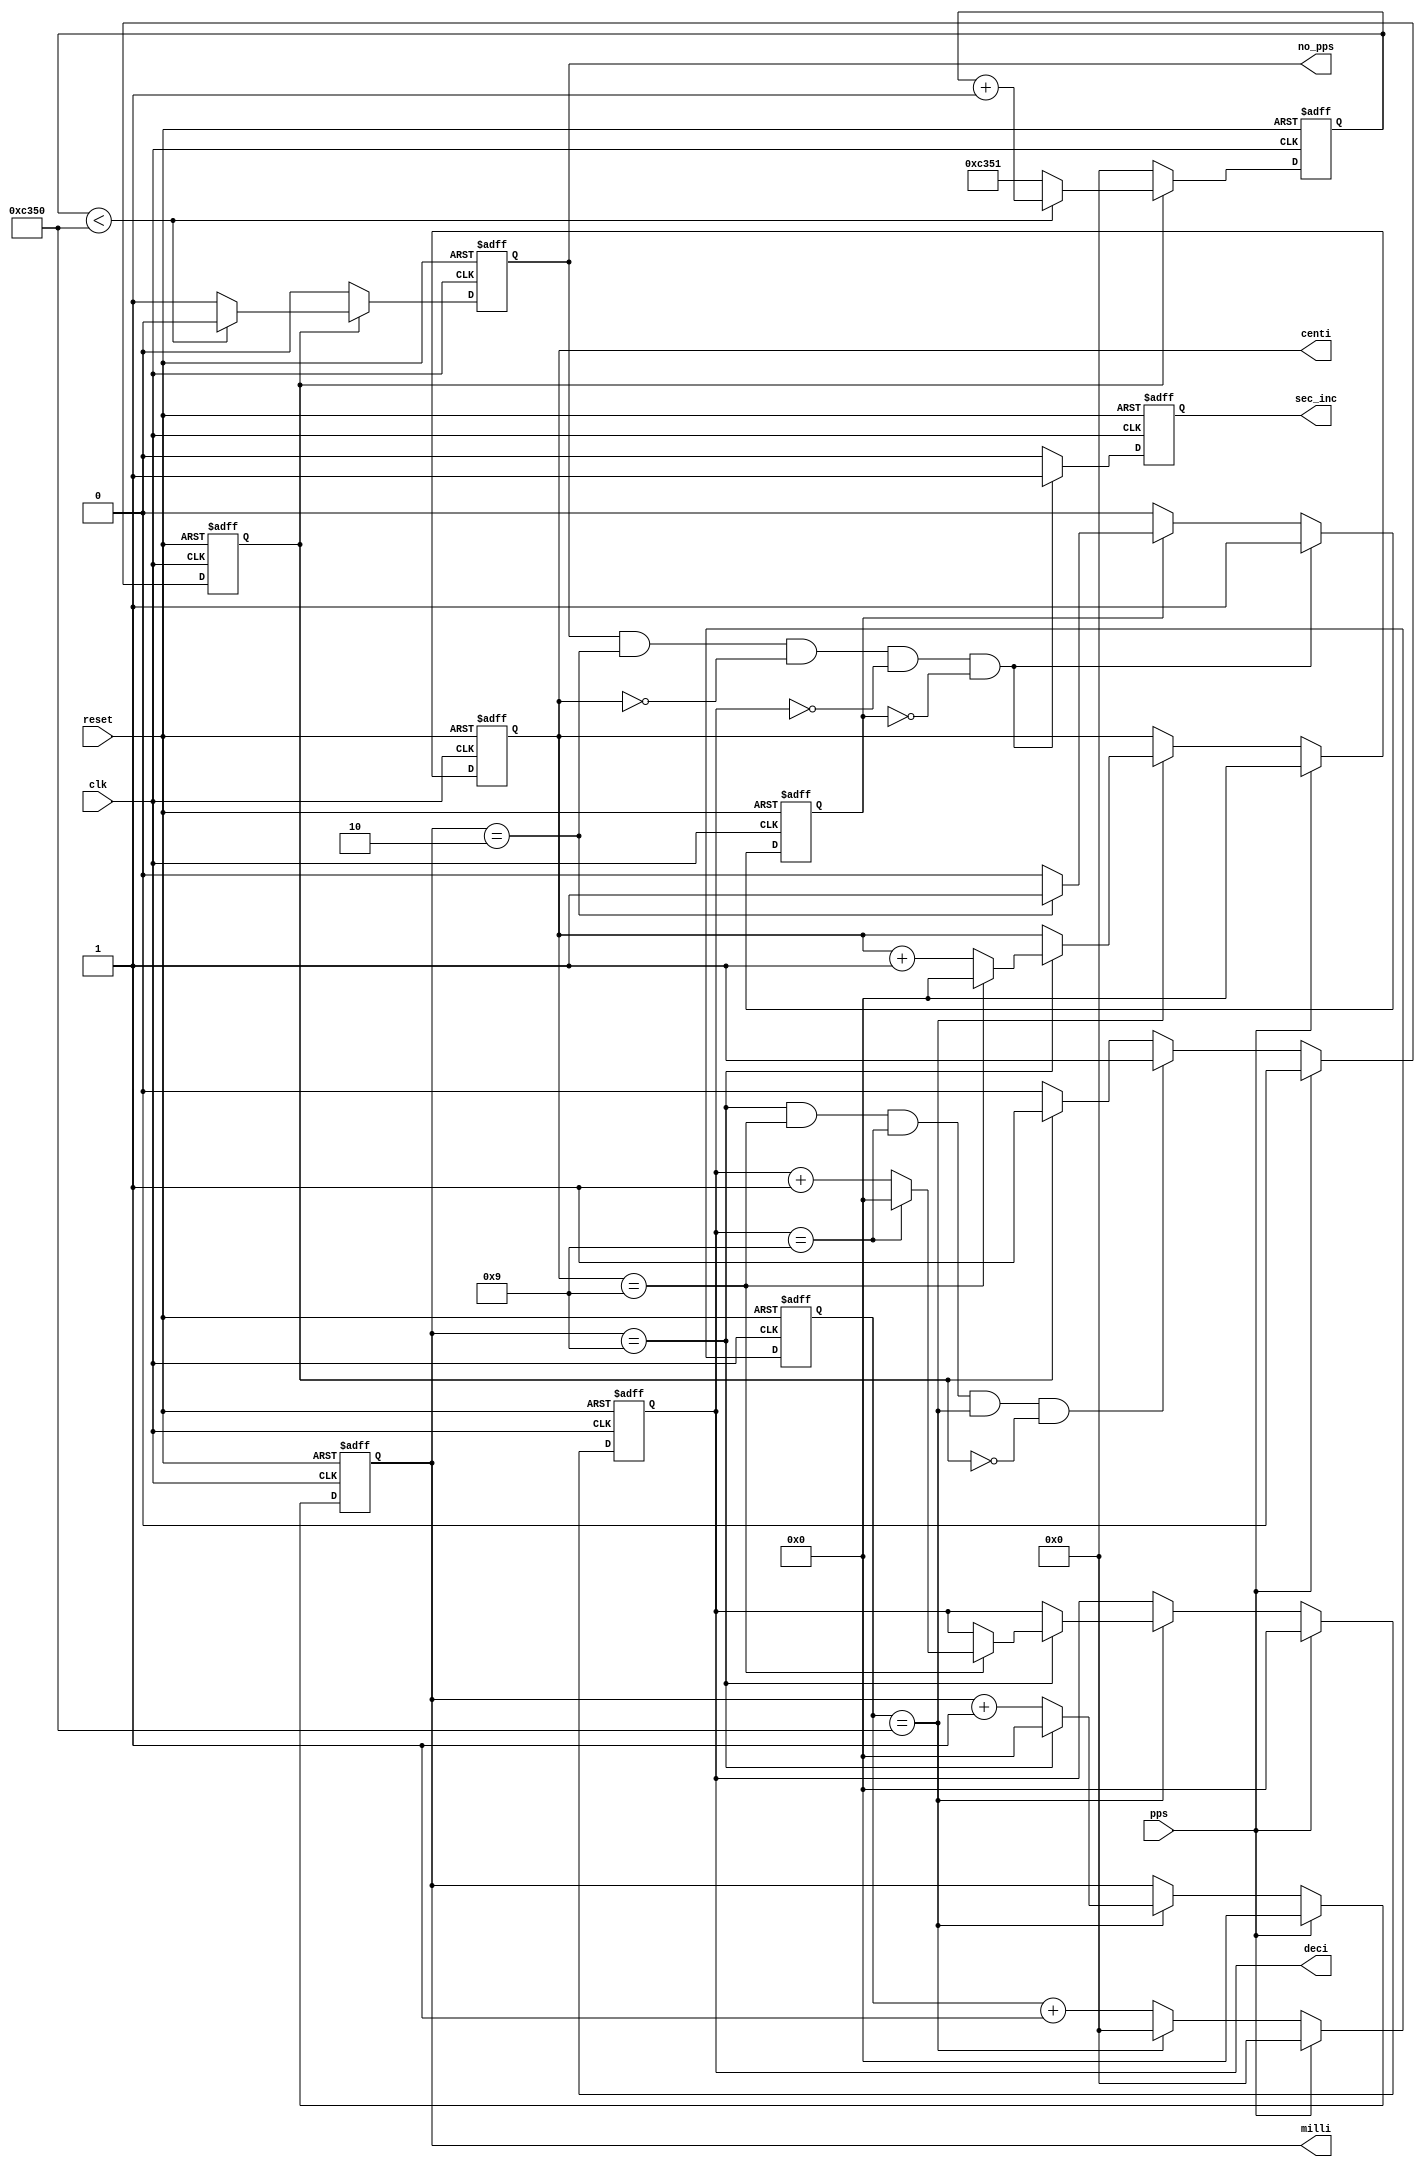
// Keep track of milliseconds and update seconds if there is no GPS lock

module ms_counter(
	input clk, // Input clk
	input reset, // Reset Button
	input pps, // pps_single_clk input
	// Output for fractional seconds
	output reg[3:0] milli,
	output reg[3:0] centi,
	output reg[3:0] deci,
	output reg sec_inc, // Backup pps signal generated by this module
	output reg no_pps // Indicate that 1PPS signal has been lost
);

	reg[15:0] counter; // Counter for milliseconds
	reg[15:0] backup_count; // Counter for signal lost logic
	reg pps_wait; // Flag that signal may be lost
	reg flag; // Allows backup pps to only be high for one clk
	
	always @(posedge clk or negedge reset) begin
		if(reset == 0) begin
			counter <= 0;
			milli <= 0;
			centi <= 0;
			deci <= 0;
			no_pps <= 1;
			sec_inc <= 0;
			backup_count <= 0;
			pps_wait <= 0;
			flag <= 0;
		end else begin
		
			if(pps == 1) begin // Clear milliseconds if pps signal is recieved
				counter <= 0;
				milli <= 0;
				centi <= 0;
				deci <= 0;
			end else begin
				if(counter == 16'd50_000) begin // Increase milliseconds
					counter <= 1'b0;
					if(milli == 9) begin
						milli <= 0;
						if(centi == 9) begin
							centi <= 0;
							if(deci == 9) begin
								deci <= 0;
							end else begin
								deci <= deci + 1'b1;
							end
						end else begin
							centi <= centi + 1'b1;
						end
					end else begin
						milli <= milli + 1'b1;
					end
				end else begin
					counter <= counter + 1'b1;
				end
			end
			
			if(pps == 0) begin // Indicate that 1 sec (oscillator time) has elapsed with no 1PPS signal recived
				if(milli == 9 && centi == 9 && deci == 9 && counter == 16'd50_000 && pps_wait == 0) begin
					pps_wait <= 1;
				end else if(pps_wait == 1) begin
					pps_wait <= 1;
				end else begin
					pps_wait <= 0;
				end
			end else begin
				pps_wait <= 0;
			end
			
			if(pps_wait == 1) begin // Wait 1ms for 1PPS signal, if it is not recived then start the backup pps
				if(backup_count < 16'd50_000) begin
					backup_count <= backup_count + 1'b1;
					no_pps <= 0;
				end else begin
					backup_count <= 16'd50_001;
					no_pps <= 1;
				end
			end else begin
				no_pps <= 0;
				backup_count <= 0;
			end
			
			if(no_pps == 1 && milli == 2 && centi == 0 && deci == 0 && flag == 0) begin // Send a pulse every second if there is no gps lock
				sec_inc <= 1;
				flag <= 1;
			end else if(flag == 1) begin
				if(milli == 2) begin
					flag <= 1;
				end else begin
					flag <= 0;
				end
				sec_inc <= 0;
			end else begin
				sec_inc <= 0;
				flag <= 0;
			end
			
		end
	end


endmodule